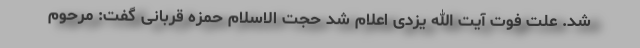
شد. علت فوت آیت الله یزدی اعلام شد حجت الاسلام حمزه قربانی گفت: مرحوم